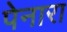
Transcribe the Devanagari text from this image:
पेनारा